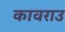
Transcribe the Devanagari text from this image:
कावराउ